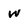
Character: w